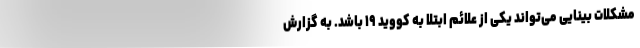
مشکلات بینایی می‌تواند یکی از علائم ابتلا به کووید ۱۹ باشد. به گزارش